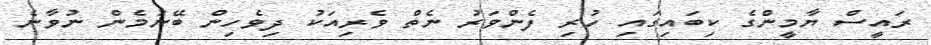
ރައީސް ޔާމީންގެ ކިބައިގައި ހުރި ފެންވަރު ނެތް ވެރިއަކު ދިވެހިން ބޭނުމެން ނުވާނެ